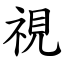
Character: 視